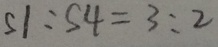
S 1 : S 4 = 3 : 2